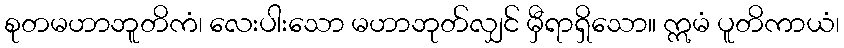
စုတမဟာဘူတိကံ၊ လေးပါးသော မဟာဘုတ်လျှင် မှီရာရှိသော။ ဣမံ ပူတိကာယံ၊